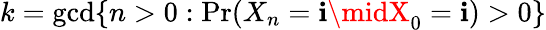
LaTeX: k=\operatorname*{gcd}\{ n>0:\operatorname*{Pr}(X_{n}=\mathbf{i}\midX_{0}=\mathbf{i})>0\}